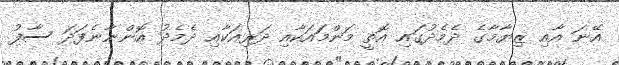
އޭނަ އާއި ޒިޔާމާގެ ދެމެދުގައި އޮތީ މަންމައަކާއި ދަރިއަކާއި ދެމެދު އޮންނާނެފަދަ ސާފު